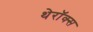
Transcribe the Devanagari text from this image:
थेरॉक्स